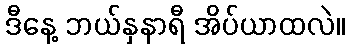
ဒီနေ့ ဘယ်နှနာရီ အိပ်ယာထလဲ။